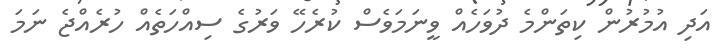
އަދި އުމުރުން ކިތަންމެ ދުވަހެއް ވީނަމަވެސް ކުރެހޭ ވަރުގެ ސިއްހަތެއް ހުރެއްޖެ ނަމަ